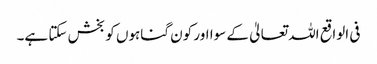
فی الواقع اللہ تعالیٰ کے سوا اور کون گناہوں کو بخش سکتا ہے۔